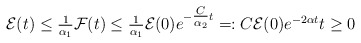
\begin{align*}\mathcal{E}(t) \leq \tfrac{1}{\alpha_{1}} \mathcal{F}(t)\leq \tfrac{1}{\alpha_{1}} \mathcal{E}(0) e^{-\tfrac{C}{\alpha_{2}} t}=: C \mathcal{E}(0) e^{-2\alpha t} t \geq 0 \end{align*}